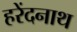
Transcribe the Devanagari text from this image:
हरेंदनाथ